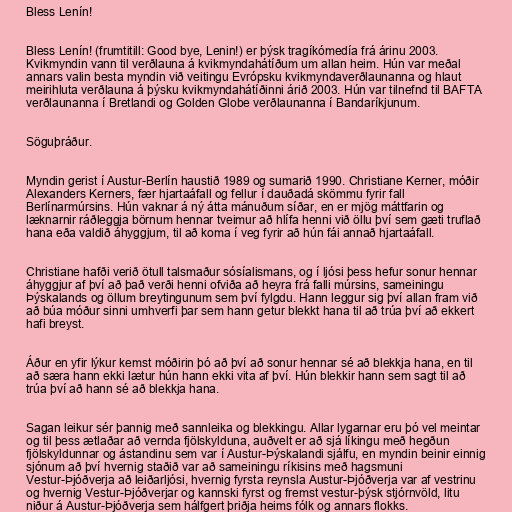
Bless Lenín!

Bless Lenín! (frumtitill: Good bye, Lenin!) er þýsk tragíkómedía frá árinu 2003.
Kvikmyndin vann til verðlauna á kvikmyndahátíðum um allan heim. Hún var meðal
annars valin besta myndin við veitingu Evrópsku kvikmyndaverðlaunanna og hlaut
meirihluta verðlauna á þýsku kvikmyndahátíðinni árið 2003. Hún var tilnefnd til BAFTA
verðlaunanna í Bretlandi og Golden Globe verðlaunanna í Bandaríkjunum.

Söguþráður.

Myndin gerist í Austur-Berlín haustið 1989 og sumarið 1990. Christiane Kerner, móðir
Alexanders Kerners, fær hjartaáfall og fellur í dauðadá skömmu fyrir fall
Berlínarmúrsins. Hún vaknar á ný átta mánuðum síðar, en er mjög máttfarin og
læknarnir ráðleggja börnum hennar tveimur að hlífa henni við öllu því sem gæti truflað
hana eða valdið áhyggjum, til að koma í veg fyrir að hún fái annað hjartaáfall.

Christiane hafði verið ötull talsmaður sósíalismans, og í ljósi þess hefur sonur hennar
áhyggjur af því að það verði henni ofviða að heyra frá falli múrsins, sameiningu
Þýskalands og öllum breytingunum sem því fylgdu. Hann leggur sig því allan fram við
að búa móður sinni umhverfi þar sem hann getur blekkt hana til að trúa því að ekkert
hafi breyst.

Áður en yfir lýkur kemst móðirin þó að því að sonur hennar sé að blekkja hana, en til
að særa hann ekki lætur hún hann ekki vita af því. Hún blekkir hann sem sagt til að
trúa því að hann sé að blekkja hana.

Sagan leikur sér þannig með sannleika og blekkingu. Allar lygarnar eru þó vel meintar
og til þess ætlaðar að vernda fjölskylduna, auðvelt er að sjá líkingu með hegðun
fjölskyldunnar og ástandinu sem var í Austur-Þýskalandi sjálfu, en myndin beinir einnig
sjónum að því hvernig staðið var að sameiningu ríkisins með hagsmuni
Vestur-Þjóðverja að leiðarljósi, hvernig fyrsta reynsla Austur-Þjóðverja var af vestrinu
og hvernig Vestur-Þjóðverjar og kannski fyrst og fremst vestur-þýsk stjórnvöld, litu
niður á Austur-Þjóðverja sem hálfgert þriðja heims fólk og annars flokks.